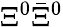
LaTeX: \Xi^{0}\bar{\Xi}^{0}